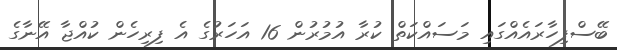
ބޭސްފިހާރައެއްގައި މަސައްކަތް ކުރާ އުމުރުން 16 އަހަރުގެ އެ ފިރިހެން ކުއްޖާ އޭނާގެ